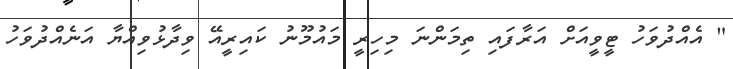
" އެއްދުވަހު ޓީވީއަށް އަރާފައި ތިމަންނަ މިހިރީ މައުމޫނު ކައިރީއޭ ވިދާޅުވިއްޔާ އަނެއްދުވަހު